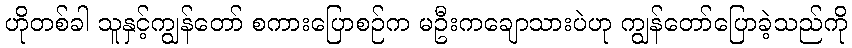
ဟိုတစ်ခါ သူနှင့်ကျွန်တော် စကားပြောစဉ်က မဦးကချောသားပဲဟု ကျွန်တော်ပြောခဲ့သည်ကို